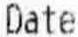
DATE